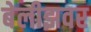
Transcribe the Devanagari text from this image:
बेलीझवर